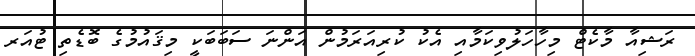
ރަޝިއާ މާކެޓް މިހާހަލުވިކަމާއި އެކު ކުރިއަރަމުން އަންނަ ސަބަބަކީ މިޤައުމުގެ ބޮޑެތި ޓުއަރ